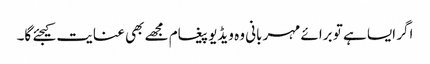
اگر ایسا ہے تو برائے مہربانی وہ ویڈیو پیغام مجھے بھی عنایت کیجئے گا۔